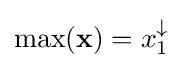
\max(\mathbf {x} )=x_{1}^{\downarrow }